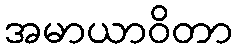
အမာယာဝိတာ